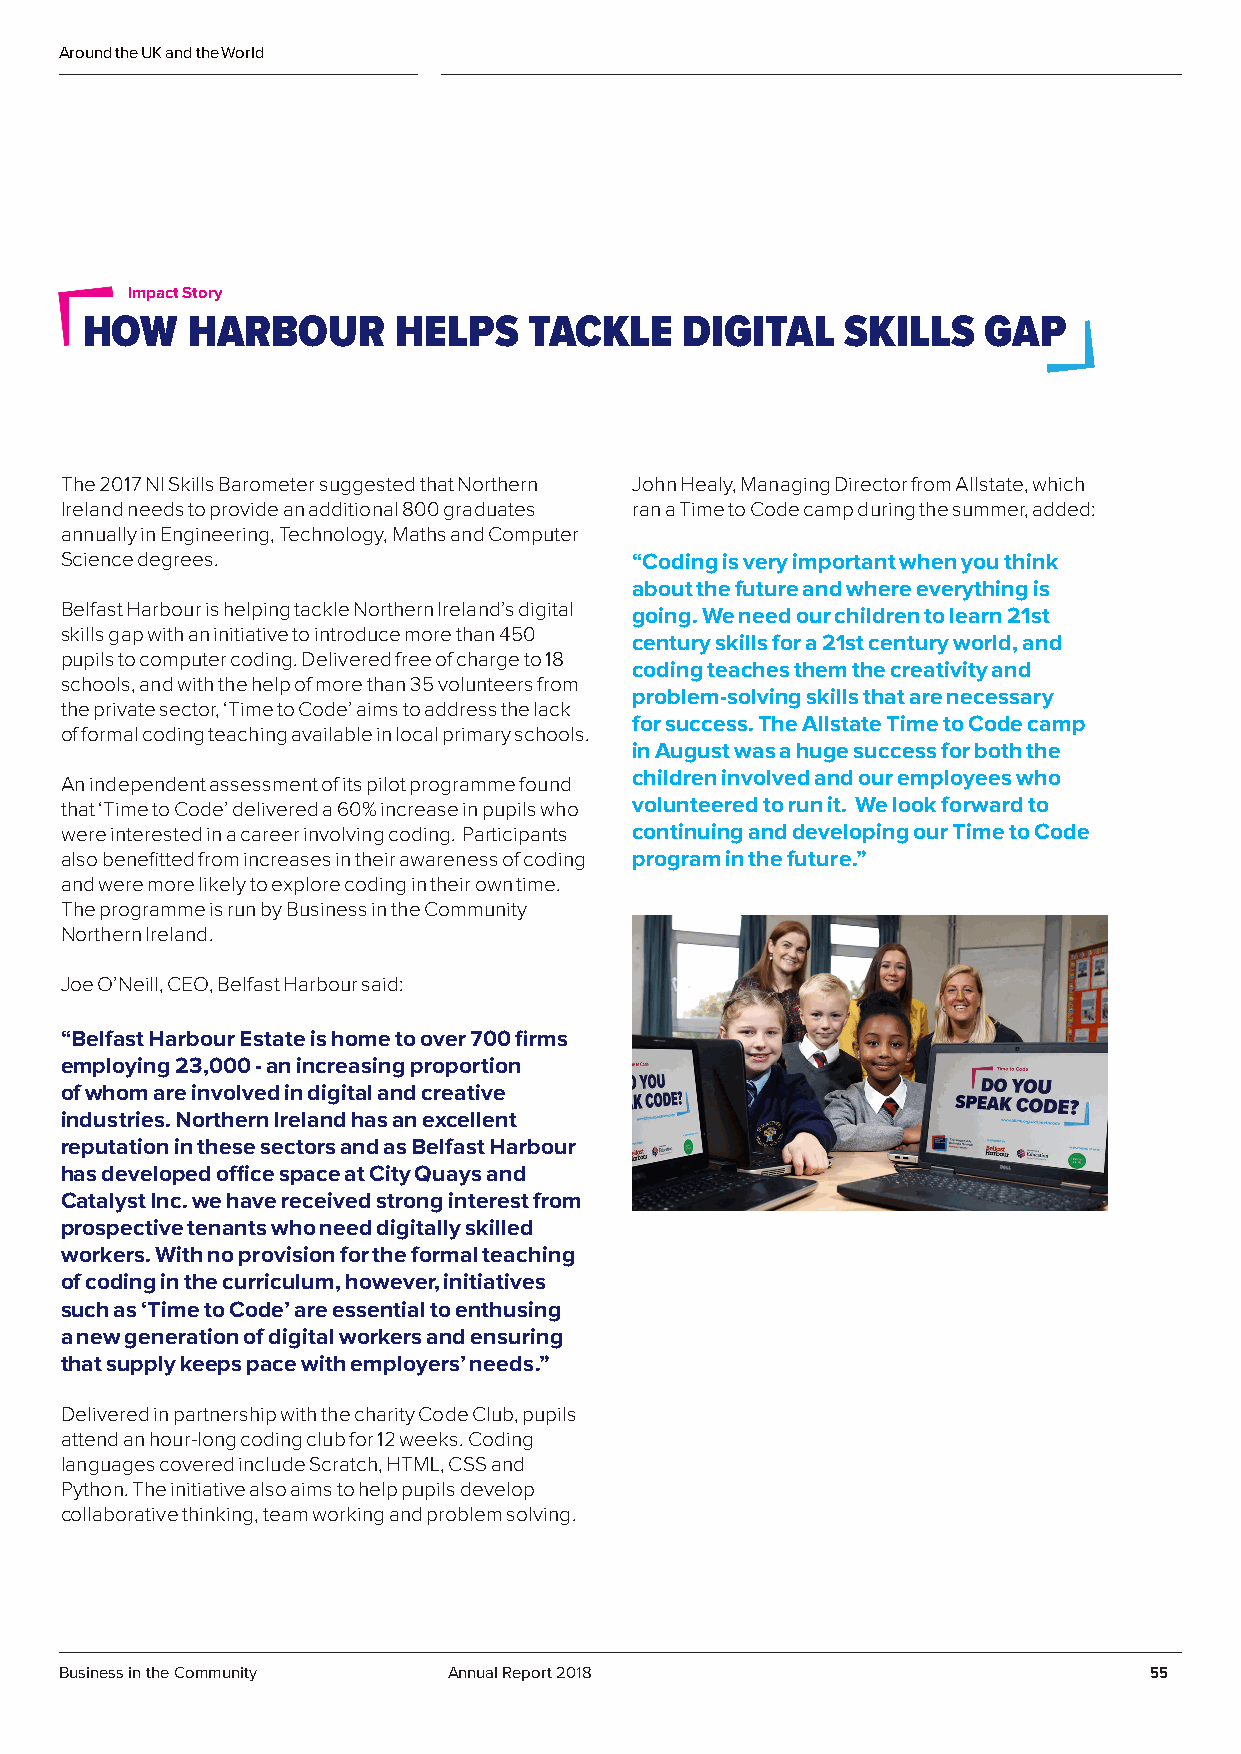
Around the UK and the World
 Impact Story
 HOW    HARBOUR       HELPS    TACKLE    DIGITAL    SKILLS   GAP
 The 2017 NI Skills Barometer suggested that Northern John Healy, Managing Director from Allstate, which
 Ireland needs to provide an additional 800 graduates ran a Time to Code camp during the summer, added:
 annually in Engineering, Technology, Maths and Computer
 Science degrees.                      “Coding is very important when you think
 about the future and where everything is
 Belfast Harbour is helping tackle Northern Ireland’s digital going. We need our children to learn 21st
 skills gap with an initiative to introduce more than 450
 century skills for a 21st century world, and
 pupils to computer coding. Delivered free of charge to 18
 coding teaches them the creativity and
 schools, and with the help of more than 35 volunteers from
 problem-solving skills that are necessary
 the private sector, ‘Time to Code’ aims to address the lack
 for success. The Allstate Time to Code camp
 of formal coding teaching available in local primary schools.
 in August was a huge success for both the
 children involved and our employees who
 An independent assessment of its pilot programme found
 that ‘Time to Code’ delivered a 60% increase in pupils who volunteered to run it. We look forward to
 were interested in a career involving coding. Participants continuing and developing our Time to Code
 also benefitted from increases in their awareness of coding program in the future.”
 and were more likely to explore coding in their own time.
 The programme is run by Business in the Community
 Northern Ireland.
 Joe O’Neill, CEO, Belfast Harbour said:
 “Belfast Harbour Estate is home to over 700 firms
 employing 23,000 - an increasing proportion
 of whom are involved in digital and creative
 industries. Northern Ireland has an excellent
 reputation in these sectors and as Belfast Harbour
 has developed office space at City Quays and
 Catalyst Inc. we have received strong interest from
 prospective tenants who need digitally skilled
 workers. With no provision for the formal teaching
 of coding in the curriculum, however, initiatives
 such as ‘Time to Code’ are essential to enthusing
 a new generation of digital workers and ensuring
 that supply keeps pace with employers’ needs.”
 Delivered in partnership with the charity Code Club, pupils
 attend an hour-long coding club for 12 weeks. Coding
 languages covered include Scratch, HTML, CSS and
 Python. The initiative also aims to help pupils develop
 collaborative thinking, team working and problem solving.
 Business in the Community Annual Report 2018                            55